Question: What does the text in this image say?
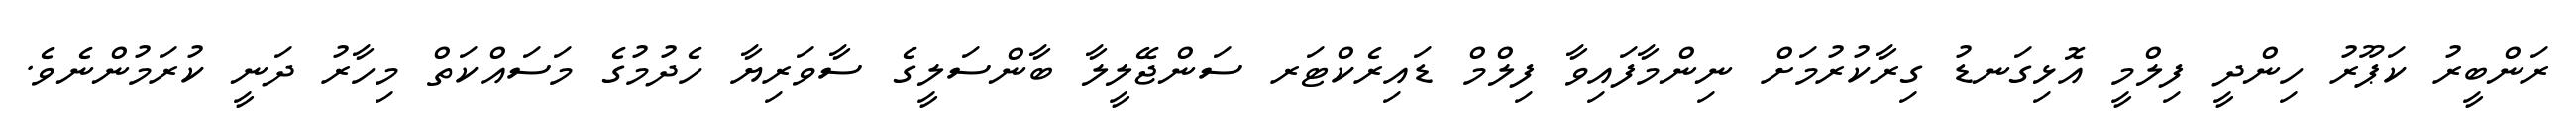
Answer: ރަންބީރު ކަޕޫރު ހިންދީ ފިލްމީ އޮޅިގަނޑު ގިރާކުރުމަށް ނިންމާފައިވާ ފިލްމް ޑައިރެކްޓަރ ސަންޖޭލީލާ ބާންސަލީގެ ސާވަރިޔާ ހެދުމުގެ މަސައްކަތް މިހާރު ދަނީ ކުރަމުންނެވެ.